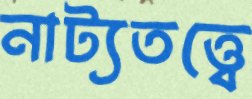
নাট্যতত্ত্বে